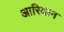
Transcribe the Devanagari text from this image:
आरियान